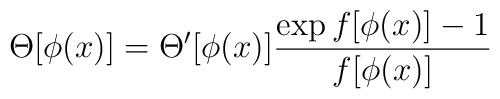
\Theta [\phi(x)] = \Theta ^\prime [\phi(x)] \frac{ \exp f[\phi(x)]-1}{f[\phi(x)]}